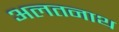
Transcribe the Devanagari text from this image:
अलतनाथ